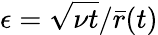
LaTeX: \epsilon=\sqrt{\nu t}/{\bar{r}}(t)